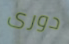
دورى